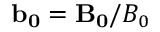
\mathbf { b _ { 0 } } = \mathbf { B _ { 0 } } / B _ { 0 }